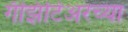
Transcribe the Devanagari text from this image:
गॅझिटिअरच्या